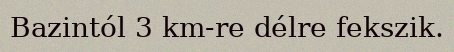
Bazintól 3 km-re délre fekszik.